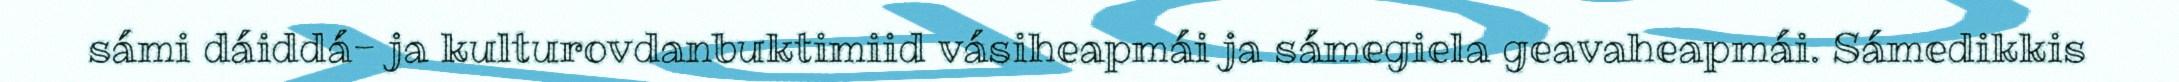
sámi dáiddá- ja kulturovdanbuktimiid vásiheapmái ja sámegiela geavaheapmái. Sámedikkis